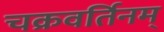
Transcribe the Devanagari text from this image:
चक्रवर्तिनम्